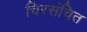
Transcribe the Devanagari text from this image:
चिरसंचित